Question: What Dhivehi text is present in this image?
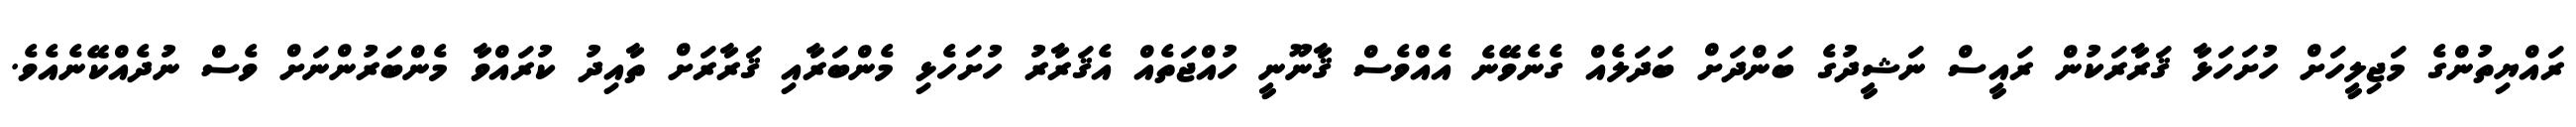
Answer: ރައްޔިތުންގެ މަޖިލީހަށް ހުށަހަޅާ ޤަރާރަކުން ރައީސް ނަޝީދުގެ ބަންދަށް ބަދަލެއް ގެނެވޭނެ އެއްވެސް ޤާނޫނީ ހުއްޖަތެއް އެޤަރާރު ހުށަހެޅި މެންބަރާއި ޤަރާރަށް ތާއިދު ކުރައްވާ މެންބަރުންނަށް ވެސް ނުދެއްކޭނެއެވެ.